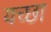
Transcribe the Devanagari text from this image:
यच्छा